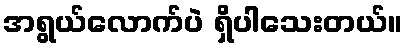
အရွယ်လောက်ပဲ ရှိပါသေးတယ်။